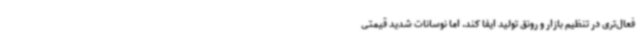
فعال‌تری در تنظیم بازار و رونق تولید ایفا کند. اما نوسانات شدید قیمتی